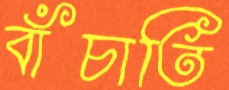
বাঁচাতি